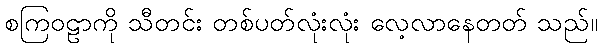
စကြဝဠာကို သီတင်း တစ်ပတ်လုံးလုံး လေ့လာနေတတ် သည်။